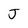
Character: J